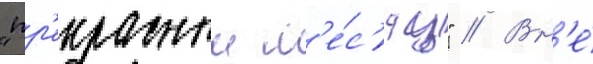
"пр'екрасныи м'е́с'яц" // Вн'е́